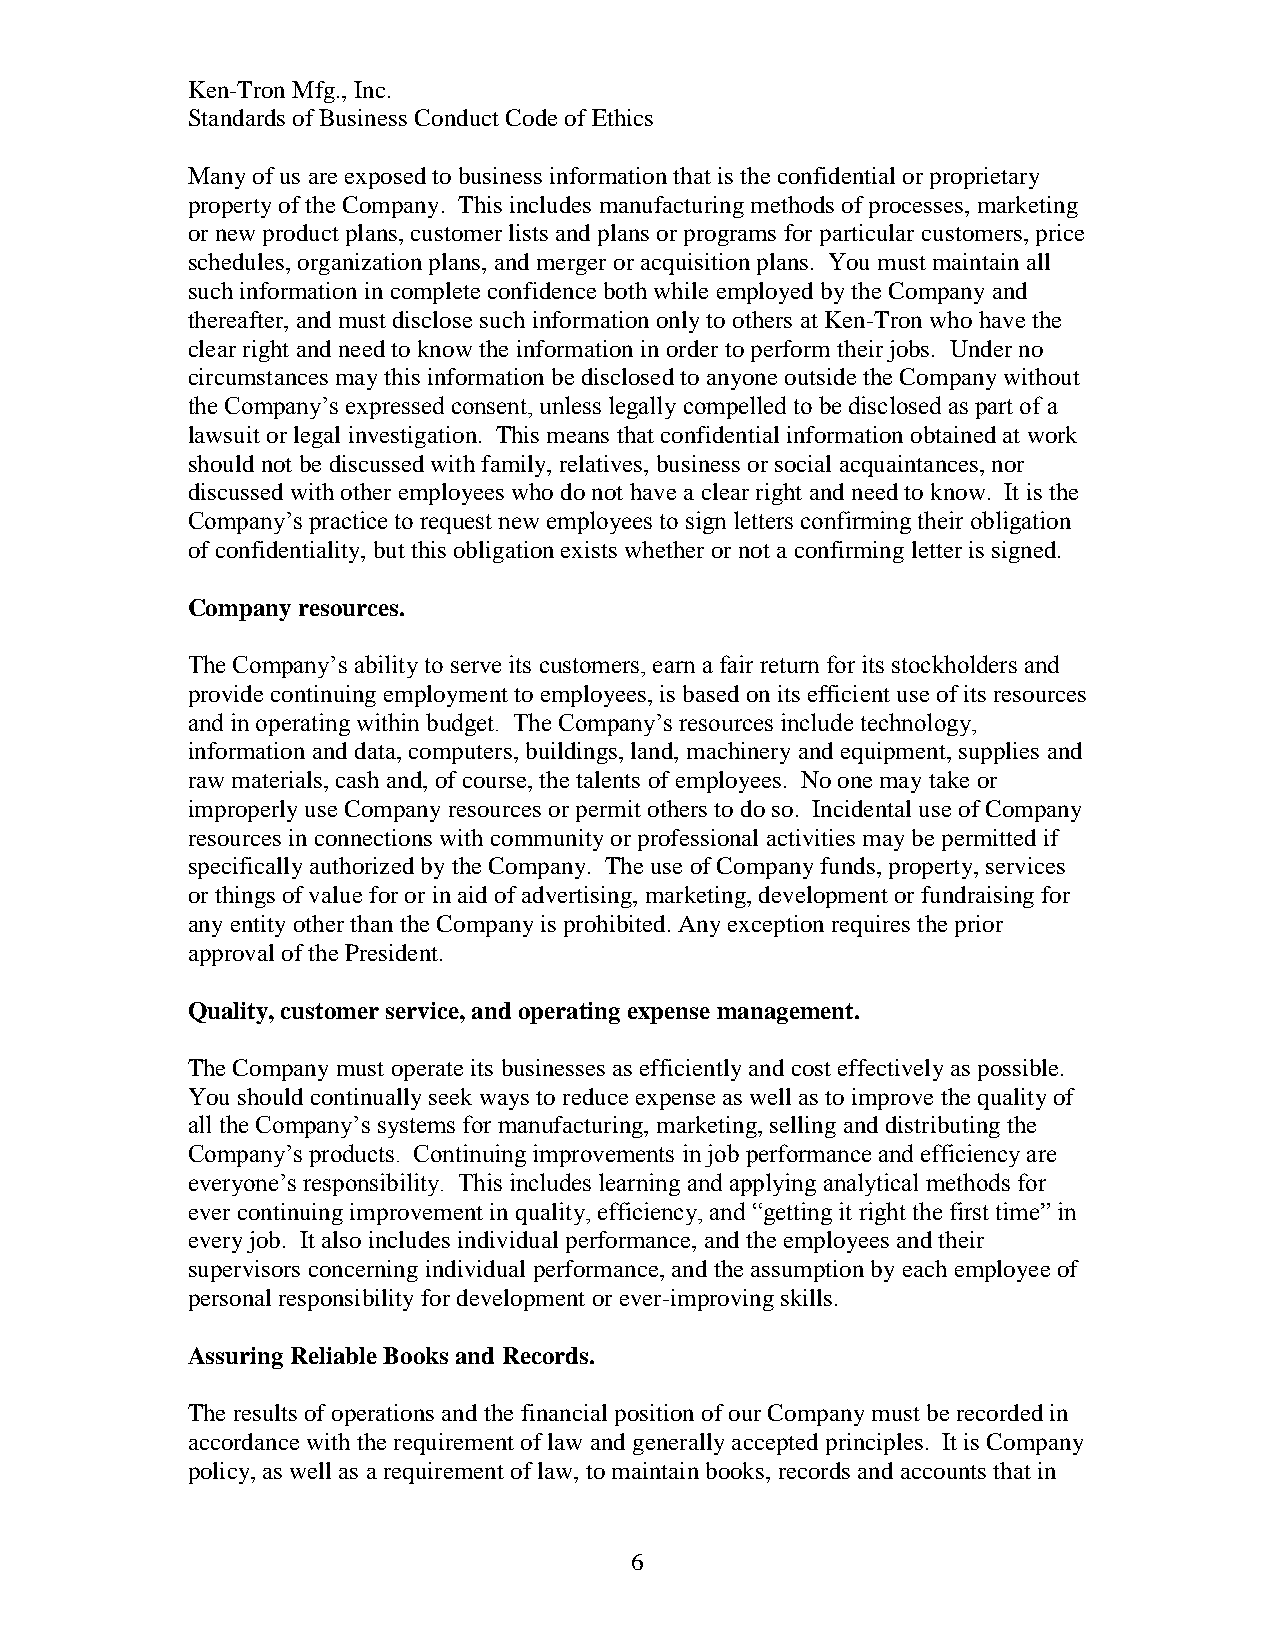
Ken-Tron Mfg., Inc.
 Standards of Business Conduct Code of Ethics
 Many of us are exposed to business information that is the confidential or proprietary
 property of the Company. This includes manufacturing methods of processes, marketing
 or new product plans, customer lists and plans or programs for particular customers, price
 schedules, organization plans, and merger or acquisition plans. You must maintain all
 such information in complete confidence both while employed by the Company and
 thereafter, and must disclose such information only to others at Ken-Tron who have the
 clear right and need to know the information in order to perform their jobs. Under no
 circumstances may this information be disclosed to anyone outside the Company without
 the Company’s expressed consent, unless legally compelled to be disclosed as part of a
 lawsuit or legal investigation. This means that confidential information obtained at work
 should not be discussed with family, relatives, business or social acquaintances, nor
 discussed with other employees who do not have a clear right and need to know. It is the
 Company’s practice to request new employees to sign letters confirming their obligation
 of confidentiality, but this obligation exists whether or not a confirming letter is signed.
 Company resources.
 The Company’s ability to serve its customers, earn a fair return for its stockholders and
 provide continuing employment to employees, is based on its efficient use of its resources
 and in operating within budget. The Company’s resources include technology,
 information and data, computers, buildings, land, machinery and equipment, supplies and
 raw materials, cash and, of course, the talents of employees. No one may take or
 improperly use Company resources or permit others to do so. Incidental use of Company
 resources in connections with community or professional activities may be permitted if
 specifically authorized by the Company. The use of Company funds, property, services
 or things of value for or in aid of advertising, marketing, development or fundraising for
 any entity other than the Company is prohibited. Any exception requires the prior
 approval of the President.
 Quality, customer service, and operating expense management.
 The Company must operate its businesses as efficiently and cost effectively as possible.
 You should continually seek ways to reduce expense as well as to improve the quality of
 all the Company’s systems for manufacturing, marketing, selling and distributing the
 Company’s products. Continuing improvements in job performance and efficiency are
 everyone’s responsibility. This includes learning and applying analytical methods for
 ever continuing improvement in quality, efficiency, and “getting it right the first time” in
 every job. It also includes individual performance, and the employees and their
 supervisors concerning individual performance, and the assumption by each employee of
 personal responsibility for development or ever-improving skills.
 Assuring Reliable Books and Records.
 The results of operations and the financial position of our Company must be recorded in
 accordance with the requirement of law and generally accepted principles. It is Company
 policy, as well as a requirement of law, to maintain books, records and accounts that in
 6